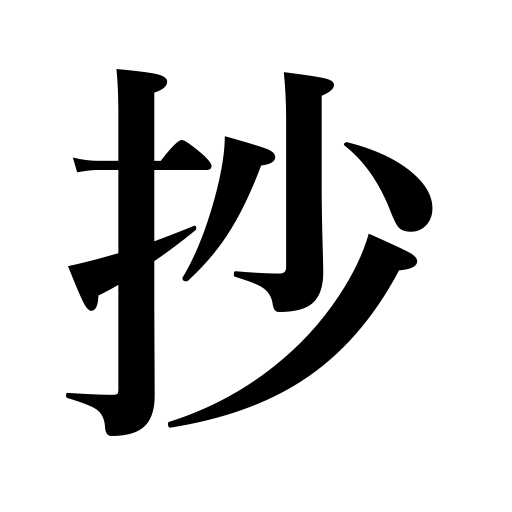
Meanings: summary,selection,one tenth of a shaku勺